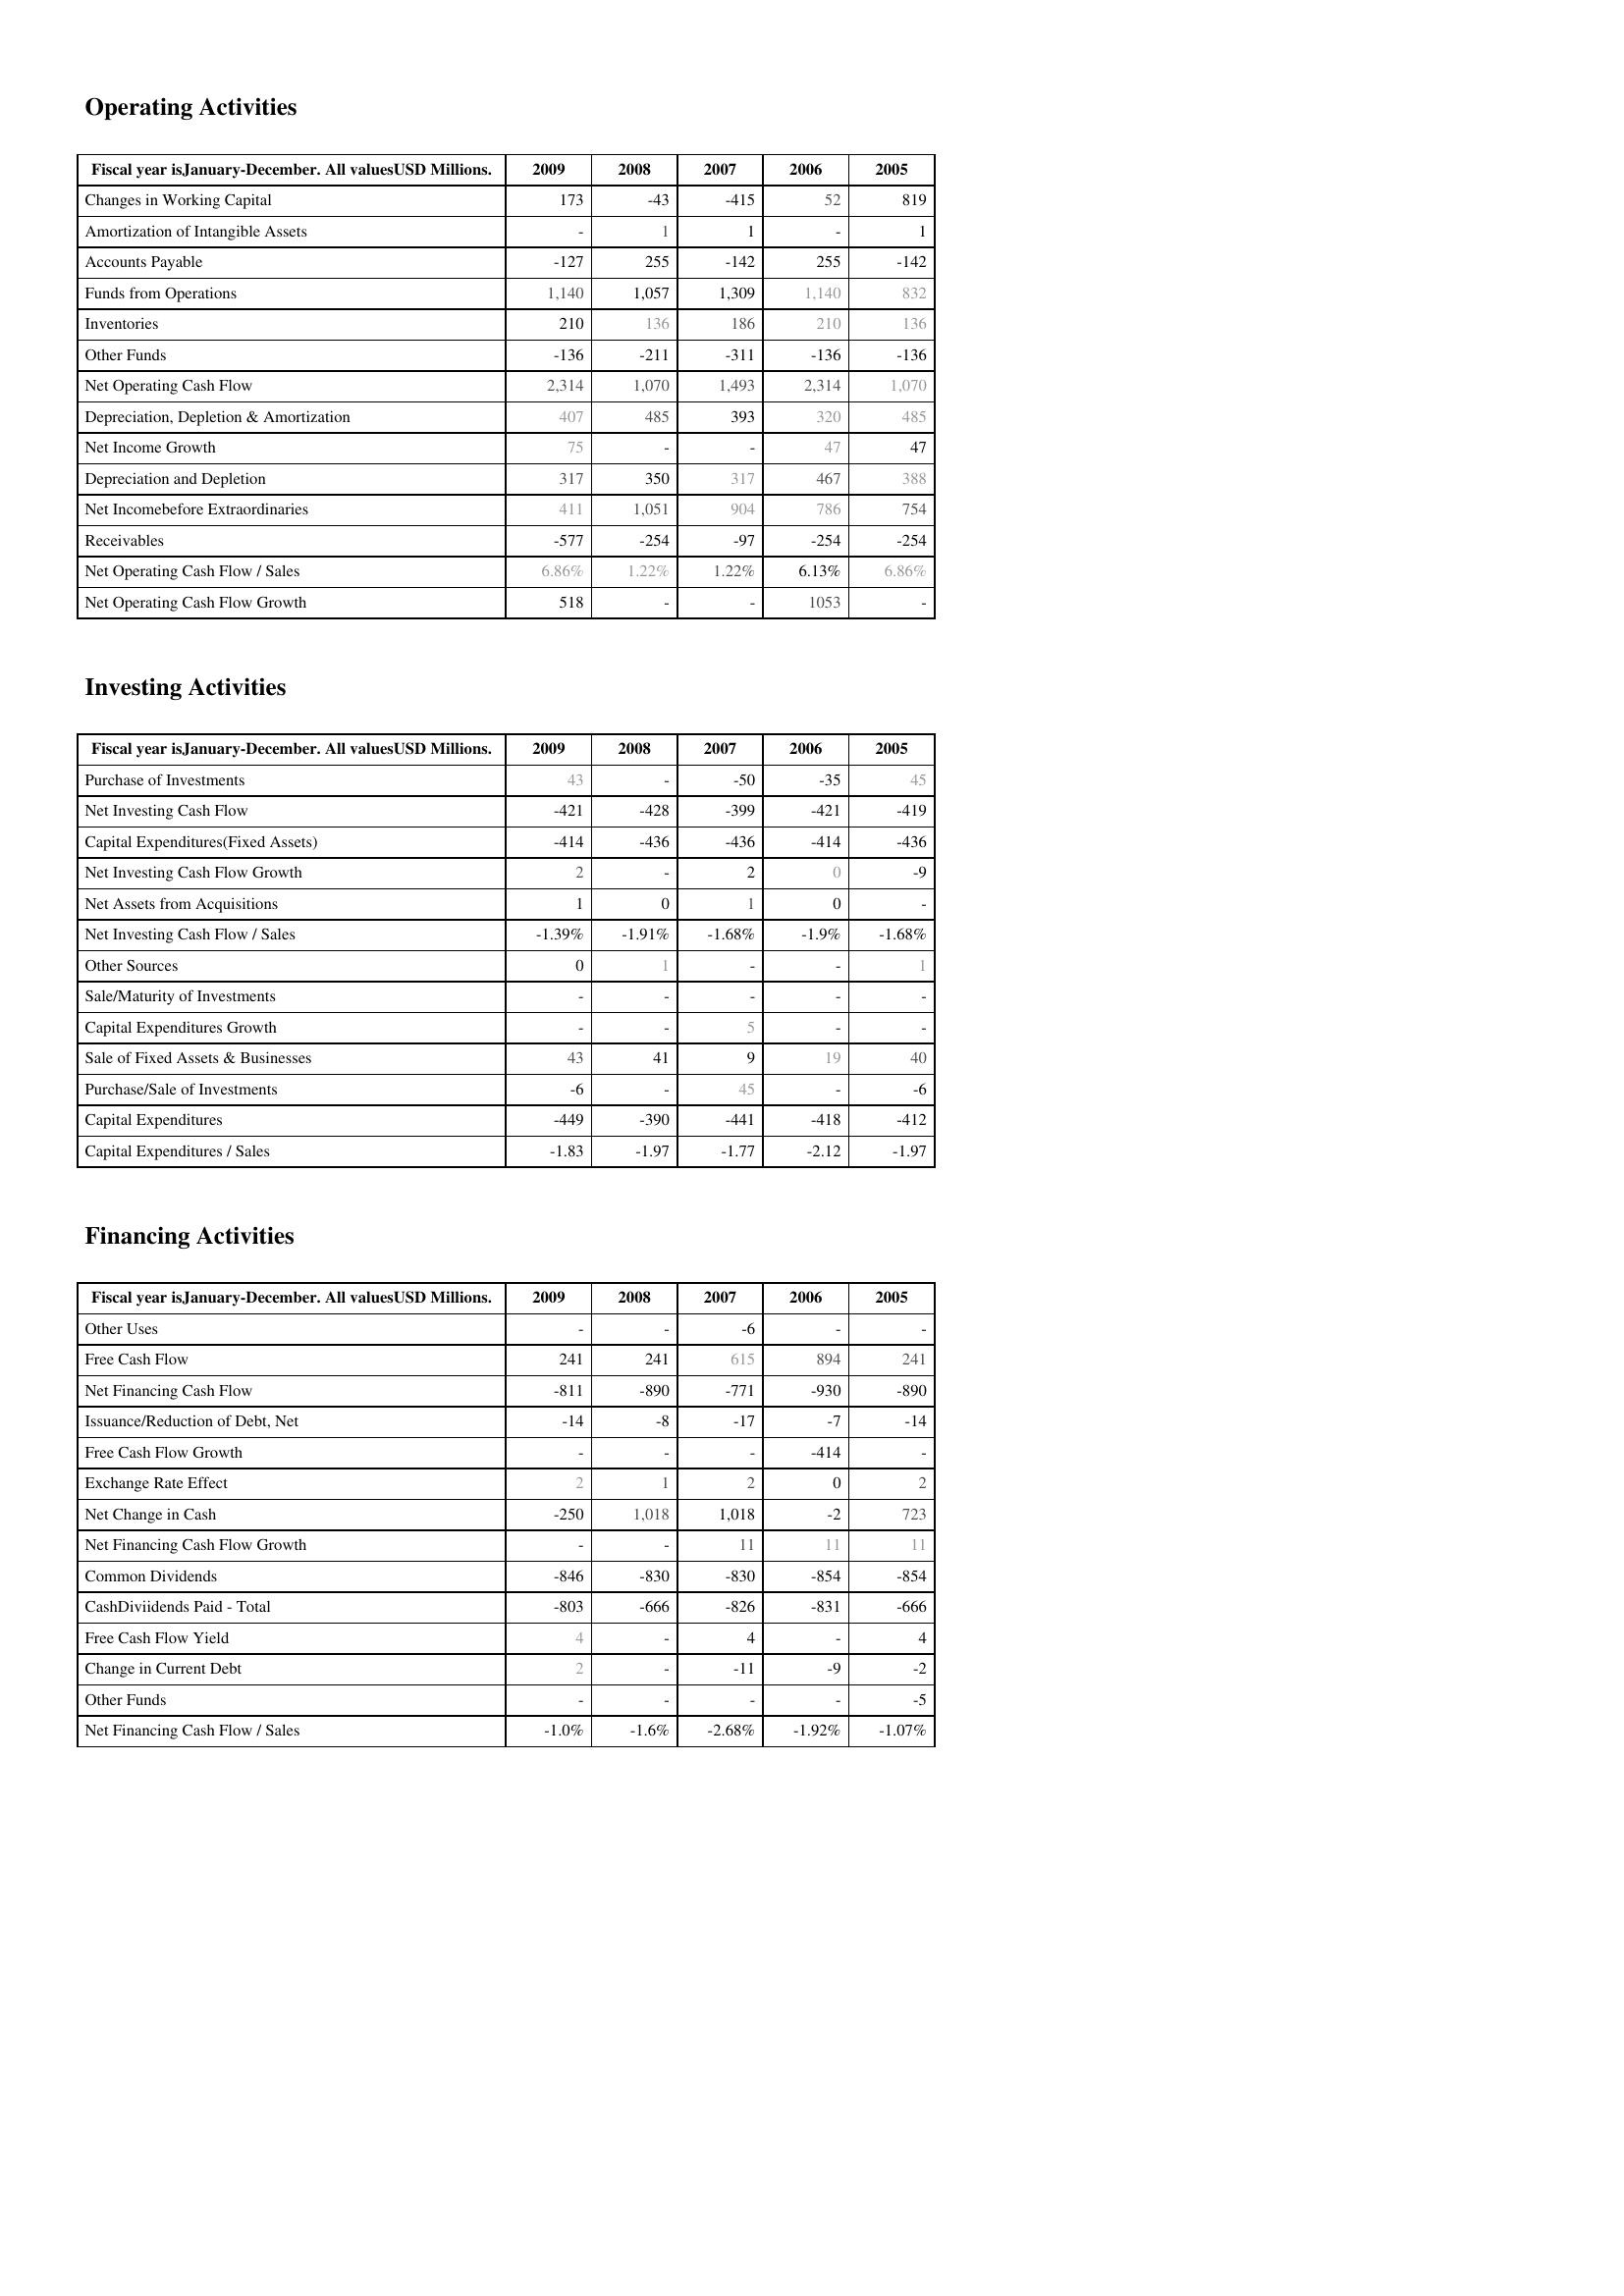
2009: Operating Activities: Changes in Working Capital: 173
Amortization of Intangible Assets: -
Accounts Payable: -127
Funds from Operations: 1,140
Inventories: 210
Other Funds: -136
Net Operating Cash Flow: 2,314
Depreciation, Depletion & Amortization: 407
Net Income Growth: 75
Depreciation and Depletion: 317
Net Incomebefore Extraordinaries: 411
Receivables: -577
Net Operating Cash Flow / Sales: 6.86%
Net Operating Cash Flow Growth: 518
Investing Activities: Purchase of Investments: 43
Net Investing Cash Flow: -421
Capital Expenditures(Fixed Assets): -414
Net Investing Cash Flow Growth: 2
Net Assets from Acquisitions: 1
Net Investing Cash Flow / Sales: -1.39%
Other Sources: 0
Sale/Maturity of Investments: -
Capital Expenditures Growth: -
Sale of Fixed Assets & Businesses: 43
Purchase/Sale of Investments: -6
Capital Expenditures: -449
Capital Expenditures / Sales: -1.83
Financing Activities: Other Uses: -
Free Cash Flow: 241
Net Financing Cash Flow: -811
Issuance/Reduction of Debt, Net: -14
Free Cash Flow Growth: -
Exchange Rate Effect: 2
Net Change in Cash: -250
Net Financing Cash Flow Growth: -
Common Dividends: -846
CashDiviidends Paid - Total: -803
Free Cash Flow Yield: 4
Change in Current Debt: 2
Other Funds: -
Net Financing Cash Flow / Sales: -1.0%
2008: Operating Activities: Changes in Working Capital: -43
Amortization of Intangible Assets: 1
Accounts Payable: 255
Funds from Operations: 1,057
Inventories: 136
Other Funds: -211
Net Operating Cash Flow: 1,070
Depreciation, Depletion & Amortization: 485
Net Income Growth: -
Depreciation and Depletion: 350
Net Incomebefore Extraordinaries: 1,051
Receivables: -254
Net Operating Cash Flow / Sales: 1.22%
Net Operating Cash Flow Growth: -
Investing Activities: Purchase of Investments: -
Net Investing Cash Flow: -428
Capital Expenditures(Fixed Assets): -436
Net Investing Cash Flow Growth: -
Net Assets from Acquisitions: 0
Net Investing Cash Flow / Sales: -1.91%
Other Sources: 1
Sale/Maturity of Investments: -
Capital Expenditures Growth: -
Sale of Fixed Assets & Businesses: 41
Purchase/Sale of Investments: -
Capital Expenditures: -390
Capital Expenditures / Sales: -1.97
Financing Activities: Other Uses: -
Free Cash Flow: 241
Net Financing Cash Flow: -890
Issuance/Reduction of Debt, Net: -8
Free Cash Flow Growth: -
Exchange Rate Effect: 1
Net Change in Cash: 1,018
Net Financing Cash Flow Growth: -
Common Dividends: -830
CashDiviidends Paid - Total: -666
Free Cash Flow Yield: -
Change in Current Debt: -
Other Funds: -
Net Financing Cash Flow / Sales: -1.6%
2007: Operating Activities: Changes in Working Capital: -415
Amortization of Intangible Assets: 1
Accounts Payable: -142
Funds from Operations: 1,309
Inventories: 186
Other Funds: -311
Net Operating Cash Flow: 1,493
Depreciation, Depletion & Amortization: 393
Net Income Growth: -
Depreciation and Depletion: 317
Net Incomebefore Extraordinaries: 904
Receivables: -97
Net Operating Cash Flow / Sales: 1.22%
Net Operating Cash Flow Growth: -
Investing Activities: Purchase of Investments: -50
Net Investing Cash Flow: -399
Capital Expenditures(Fixed Assets): -436
Net Investing Cash Flow Growth: 2
Net Assets from Acquisitions: 1
Net Investing Cash Flow / Sales: -1.68%
Other Sources: -
Sale/Maturity of Investments: -
Capital Expenditures Growth: 5
Sale of Fixed Assets & Businesses: 9
Purchase/Sale of Investments: 45
Capital Expenditures: -441
Capital Expenditures / Sales: -1.77
Financing Activities: Other Uses: -6
Free Cash Flow: 615
Net Financing Cash Flow: -771
Issuance/Reduction of Debt, Net: -17
Free Cash Flow Growth: -
Exchange Rate Effect: 2
Net Change in Cash: 1,018
Net Financing Cash Flow Growth: 11
Common Dividends: -830
CashDiviidends Paid - Total: -826
Free Cash Flow Yield: 4
Change in Current Debt: -11
Other Funds: -
Net Financing Cash Flow / Sales: -2.68%
2006: Operating Activities: Changes in Working Capital: 52
Amortization of Intangible Assets: -
Accounts Payable: 255
Funds from Operations: 1,140
Inventories: 210
Other Funds: -136
Net Operating Cash Flow: 2,314
Depreciation, Depletion & Amortization: 320
Net Income Growth: 47
Depreciation and Depletion: 467
Net Incomebefore Extraordinaries: 786
Receivables: -254
Net Operating Cash Flow / Sales: 6.13%
Net Operating Cash Flow Growth: 1053
Investing Activities: Purchase of Investments: -35
Net Investing Cash Flow: -421
Capital Expenditures(Fixed Assets): -414
Net Investing Cash Flow Growth: 0
Net Assets from Acquisitions: 0
Net Investing Cash Flow / Sales: -1.9%
Other Sources: -
Sale/Maturity of Investments: -
Capital Expenditures Growth: -
Sale of Fixed Assets & Businesses: 19
Purchase/Sale of Investments: -
Capital Expenditures: -418
Capital Expenditures / Sales: -2.12
Financing Activities: Other Uses: -
Free Cash Flow: 894
Net Financing Cash Flow: -930
Issuance/Reduction of Debt, Net: -7
Free Cash Flow Growth: -414
Exchange Rate Effect: 0
Net Change in Cash: -2
Net Financing Cash Flow Growth: 11
Common Dividends: -854
CashDiviidends Paid - Total: -831
Free Cash Flow Yield: -
Change in Current Debt: -9
Other Funds: -
Net Financing Cash Flow / Sales: -1.92%
2005: Operating Activities: Changes in Working Capital: 819
Amortization of Intangible Assets: 1
Accounts Payable: -142
Funds from Operations: 832
Inventories: 136
Other Funds: -136
Net Operating Cash Flow: 1,070
Depreciation, Depletion & Amortization: 485
Net Income Growth: 47
Depreciation and Depletion: 388
Net Incomebefore Extraordinaries: 754
Receivables: -254
Net Operating Cash Flow / Sales: 6.86%
Net Operating Cash Flow Growth: -
Investing Activities: Purchase of Investments: 45
Net Investing Cash Flow: -419
Capital Expenditures(Fixed Assets): -436
Net Investing Cash Flow Growth: -9
Net Assets from Acquisitions: -
Net Investing Cash Flow / Sales: -1.68%
Other Sources: 1
Sale/Maturity of Investments: -
Capital Expenditures Growth: -
Sale of Fixed Assets & Businesses: 40
Purchase/Sale of Investments: -6
Capital Expenditures: -412
Capital Expenditures / Sales: -1.97
Financing Activities: Other Uses: -
Free Cash Flow: 241
Net Financing Cash Flow: -890
Issuance/Reduction of Debt, Net: -14
Free Cash Flow Growth: -
Exchange Rate Effect: 2
Net Change in Cash: 723
Net Financing Cash Flow Growth: 11
Common Dividends: -854
CashDiviidends Paid - Total: -666
Free Cash Flow Yield: 4
Change in Current Debt: -2
Other Funds: -5
Net Financing Cash Flow / Sales: -1.07%